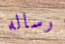
رساله